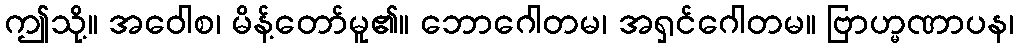
ဤသို့။ အဝေါစ၊ မိန့်တော်မူ၏။ ဘောဂေါတမ၊ အရှင်ဂေါတမ။ ဗြာဟ္မဏာပန၊